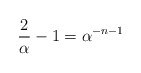
\begin{align*}{2\over\alpha} -1 = \alpha^{-n-1} \end{align*}